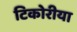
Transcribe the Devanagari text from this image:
टिकोरीया